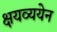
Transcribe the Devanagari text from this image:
क्षयव्ययेन